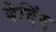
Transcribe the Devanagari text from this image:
बेदिंग